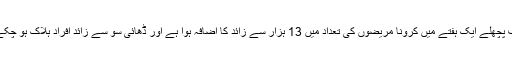
صرف پچھلے ایک ہفتے میں کرونا مریضوں کی تعداد میں 13 ہزار سے زائد کا اضافہ ہوا ہے اور ڈھائی سو سے زائد افراد ہلاک ہو چکے ہیں۔